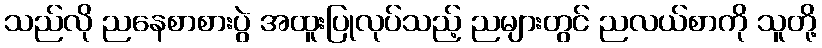
သည်လို ညနေစာစားပွဲ အထူးပြုလုပ်သည့် ညများတွင် ညလယ်စာကို သူတို့